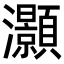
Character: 灝